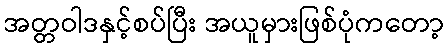
အတ္တဝါဒနှင့်စပ်ပြီး အယူမှားဖြစ်ပုံကတော့